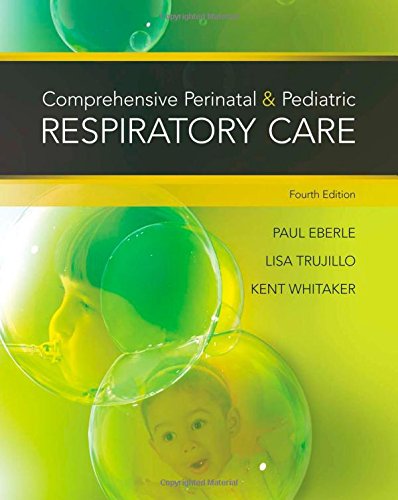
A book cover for Comprehensive Perinatal & Pediatric Respiratory Care; Kent Whitaker; Medical Books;